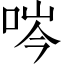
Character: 㖗